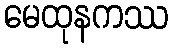
မေထုနကဿ